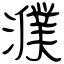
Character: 濮